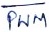
Text: PWM